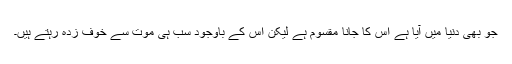
جو بھی دنیا میں آیا ہے اس کا جانا مقسوم ہے لیکن اس کے باوجود سب ہی موت سے خوف زدہ رہتے ہیں۔